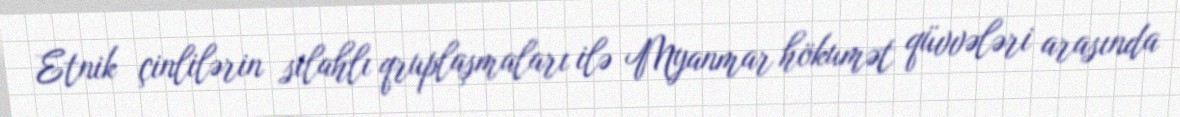
Etnik çinlilərin silahlı qruplaşmaları ilə Myanmar hökumət qüvvələri arasında